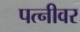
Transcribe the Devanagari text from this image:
पत्‍नीवर